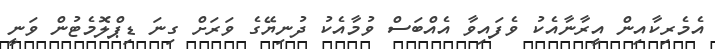
އެމެރިކާއިން އީރާނާއެކު ވެފައިވާ އެއްބަސް ވުމާއެކު ދުނިޔޭގެ ވަރަށް ގިނަ ޑިޕްލޮމެޓުން ވަނީ